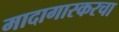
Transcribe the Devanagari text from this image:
मादागास्करचा